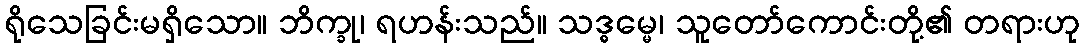
ရိုသေခြင်းမရှိသော။ ဘိက္ခု၊ ရဟန်းသည်။ သဒ္ဓမ္မေ၊ သူတော်ကောင်းတို့၏ တရားဟု